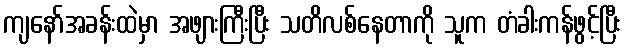
ကျနော်အခန်းထဲမှာ အဖျားကြီးပြီး သတိလစ်နေတာကို သူက တံခါးကန်ဖွင့်ပြီး